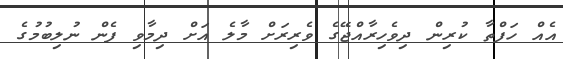
އެއް ހަފްތާ ކުރިން ދިވެހިރާއްޖޭގެ ވެރިރަށް މާލެ އަށް ދިމާވި ފެން ނުލިބުމުގެ